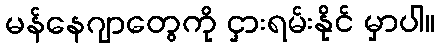
မန်နေဂျာတွေကို ငှားရမ်းနိုင် မှာပါ။